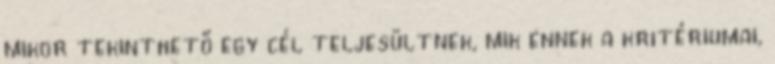
mikor tekinthető egy cél teljesültnek, mik ennek a kritériumai,